Civil Veterinary Department. United Provinces 1923-31 - 1923-1931
Year: 1923
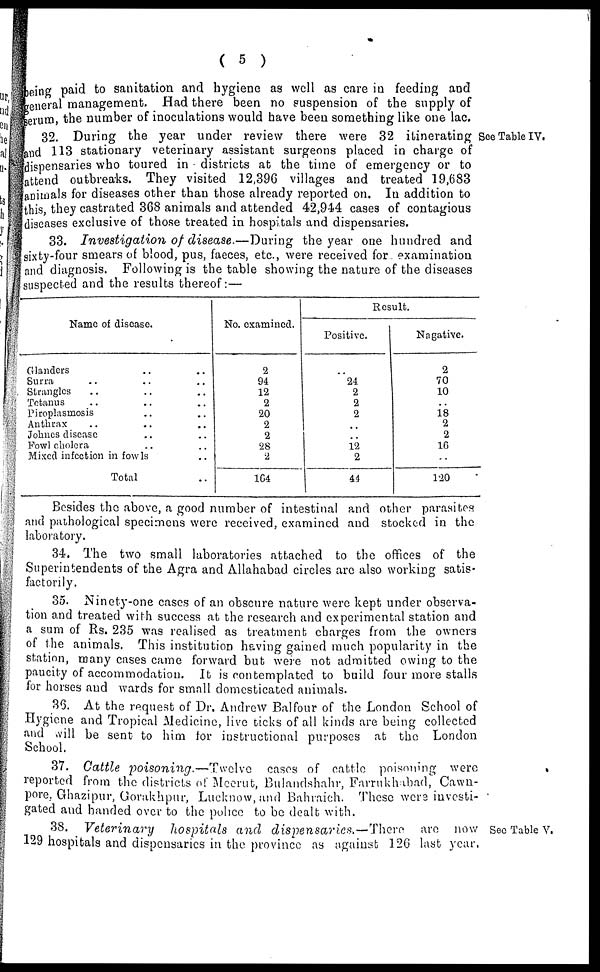
( 5 )
being paid to sanitation and hygiene as well as care in feeding and
general management. Had there been no suspension of the supply of
serum, the number of inoculations would have been something like one lac.
See Table IV.
32. During the year under review there were 32 itinerating
and 113 stationary veterinary assistant surgeons placed in charge of
dispensaries who toured in districts at the time of emergency or to
attend outbreaks. They visited 12,396 villages and treated 19,683
animals for diseases other than those already reported on. In addition to
this, they castrated 368 animals and attended 42,944 cases of contagious
diseases exclusive of those treated in hospitals and dispensaries.
33. Investigation of disease.—During the year one hundred and
sixty-four smears of blood, pus, faeces, etc., were received for examination
and diagnosis. Following is the table showing the nature of the diseases
suspected and the results thereof :—
Name of disease.
Glanders .. ..
Surra .. .. ..
Strangles .. .. ..
Tetanus .. .. ..
Piroplasmosis .. ..
Anthrax .. .. ..
Johnes disease .. ..
Fowl cholera .. ..
Mixed infection in fowls ..
Total ..
No. examined.
2
94
12
2
20
2
2
28
2
164
Result.
Positive.
..
24
2
2
2
..
..
12
2
44
Nagative.
2
70
10
..
18
2
2
16
..
120
Besides the above, a good number of intestinal and other parasites
and pathological specimens were received, examined and stocked in the
laboratory.
34. The two small laboratories attached to the offices of the
Superintendents of the Agra and Allahabad circles arc also working satis-
factorily.
35. Ninety-one cases of an obscure nature were kept under observa-
tion and treated with success at the research and experimental station and
a sum of Rs. 235 was realised as treatment charges from the owners
of the animals. This institution having gained much popularity in the
station, many cases came forward but were not admitted owing to the
paucity of accommodation. It is contemplated to build four more stalls
for horses and wards for small domesticated animals.
36. At the request of Dr. Andrew Balfour of the London School of
Hygiene and Tropical Medicine, live ticks of all kinds are being collected
and will be sent to him for instructional purposes at the London
School.
37. Cattle poisoning.—Twelve
cases of cattle poisoning were
reported from the districts of Meerut, Bulandshahr, Farrukhabad, Cawn-
pore, Ghazipur, Gorakhpur, Lucknow, and Bahraich. These were investi-
gated and handed over to the police to be dealt with.
See Table V.
38. Veterinary
hospitals and dispensaries.—There
arc now
129 hospitals and dispensaries in the province as against 126 last year.